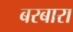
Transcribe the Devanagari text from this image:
बरबारा